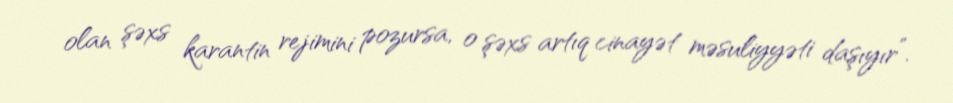
olan şəxs karantin rejimini pozursa, o şəxs artıq cinayət məsuliyyəti daşıyır”.